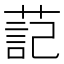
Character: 䓽